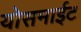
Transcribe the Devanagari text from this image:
योसमाईट